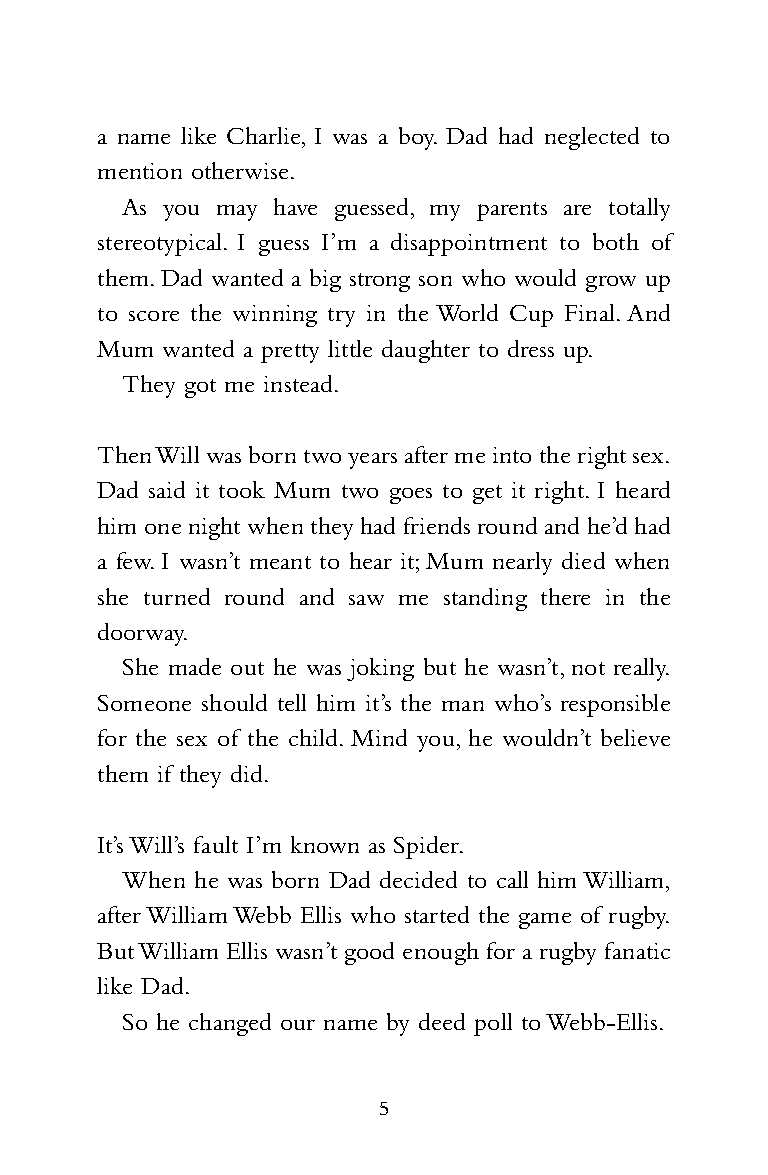
HS1698_PridePenals_Reiss09 05/11/2009 13:31 Page 5
 a name like Charlie, I was a boy. Dad had neglected to
 mention otherwise.
 As you may have guessed, my parents are totally
 stereotypical. I guess I’m a disappointment to both of
 them.Dad wanted a big strong son who would grow up
 to score the winning try in the World Cup Final.And
 Mum  wanted a pretty little daughter to dress up.
 They got me instead.
 Then Will was born two years after me into the right sex.
 Dad said it took Mum two goes to get it right. I heard
 him one night when theyhad friends round and he’d had
 a few.I wasn’t meant to hear it;Mum nearly died when
 she turned round and saw me standing there in the
 doorway.
 She made out he was joking but he wasn’t,not really.
 Someone should tell him it’s the man who’s responsible
 for the sex of the child. Mind you, he wouldn’t believe
 them if they did.
 It’s Will’s fault I’m known as Spider.
 When he was born Dad decided to call him William,
 after William Webb Ellis who started the game of rugby.
 But William Ellis wasn’t good enough for a rugby fanatic
 like Dad.
 So he changed our name by deed poll to Webb-Ellis.
 5